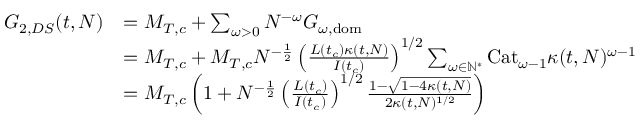
\begin{array} { r l } { G _ { 2 , D S } ( t , N ) } & { = M _ { T , c } + \sum _ { \omega > 0 } N ^ { - \omega } G _ { \omega , \mathrm { d o m } } } \\ & { = M _ { T , c } + M _ { T , c } N ^ { - \frac 1 2 } \left( \frac { L ( t _ { c } ) \kappa ( t , N ) } { I ( t _ { c } ) } \right) ^ { 1 / 2 } \sum _ { \omega \in \mathbb { N } ^ { * } } \mathrm { C a t } _ { \omega - 1 } \kappa ( t , N ) ^ { \omega - 1 } } \\ & { = M _ { T , c } \left( 1 + N ^ { - \frac 1 2 } \left( \frac { L ( t _ { c } ) } { I ( t _ { c } ) } \right) ^ { 1 / 2 } \frac { 1 - \sqrt { 1 - 4 \kappa ( t , N ) } } { 2 \kappa ( t , N ) ^ { 1 / 2 } } \right) } \end{array}